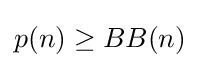
p(n)\geq BB(n)